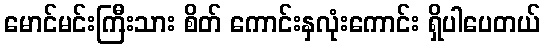
မောင်မင်းကြီးသား စိတ် ကောင်းနှလုံးကောင်း ရှိပါပေတယ်